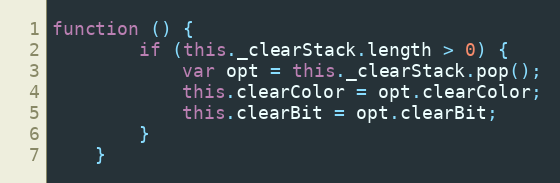
Language: JavaScript
function () {
        if (this._clearStack.length > 0) {
            var opt = this._clearStack.pop();
            this.clearColor = opt.clearColor;
            this.clearBit = opt.clearBit;
        }
    }